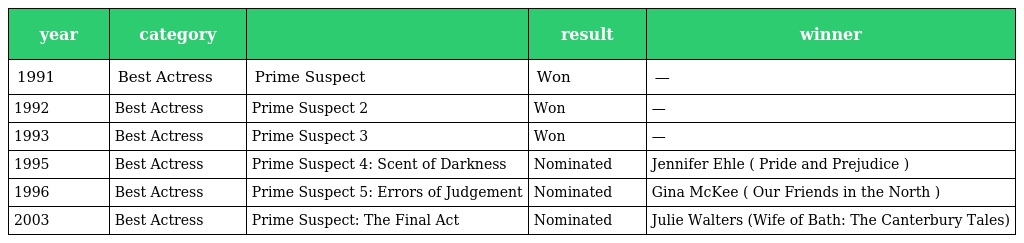
| year | category |  | result | winner |
 | --- | --- | --- | --- | --- |
 | 1991 | Best Actress | Prime Suspect | Won | — |
 | 1992 | Best Actress | Prime Suspect 2 | Won | — |
 | 1993 | Best Actress | Prime Suspect 3 | Won | — |
 | 1995 | Best Actress | Prime Suspect 4: Scent of Darkness | Nominated | Jennifer Ehle ( Pride and Prejudice ) |
 | 1996 | Best Actress | Prime Suspect 5: Errors of Judgement | Nominated | Gina McKee ( Our Friends in the North ) |
 | 2003 | Best Actress | Prime Suspect: The Final Act | Nominated | Julie Walters (Wife of Bath: The Canterbury Tales) |